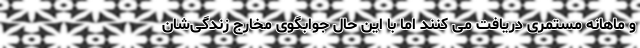
و ماهانه مستمری دریافت می کنند اما با این حال جوابگوی مخارج زندگی‌شان